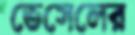
ভেসেলের